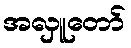
အလှူတော်